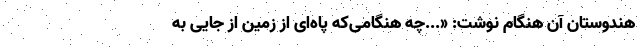
هندوستان آن هنگام نوشت: «...چه هنگامی‌که پاه‌ای از زمین از جایی به